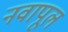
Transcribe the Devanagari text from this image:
नवापूल